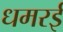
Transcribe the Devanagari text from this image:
धमरई